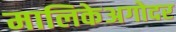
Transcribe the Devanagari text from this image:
मालिकेअगोदर